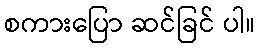
စကားပြော ဆင်ခြင် ပါ။